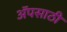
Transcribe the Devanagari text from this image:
अॅपसाठी